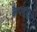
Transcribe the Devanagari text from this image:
कैपासिटे